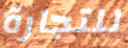
للتجارة